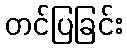
တင်ပြခြင်း